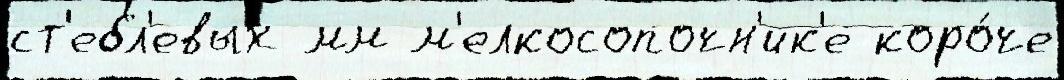
ст'ебл'евых мм м'елкосопочн'ик'е коро́че